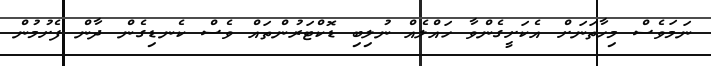
ނަމަވެސް މިހާތަނަށް އެކަށީގެންވާ ހައްލެއް ނުލިބި ޑޮކްޓަރުންތައް ވެސް ކެނޑިގެން ދާން ފެށުމުން